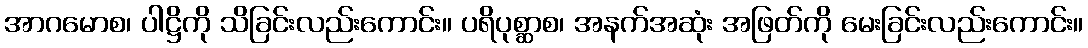
အာဂမောစ၊ ပါဋ္ဌိကို သိခြင်းလည်းကောင်း။ ပရိပုစ္ဆာစ၊ အနက်အဆုံး အဖြတ်ကို မေးခြင်းလည်းကောင်း။